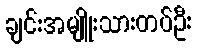
ချင်းအမျိူးသားတပ်ဦး